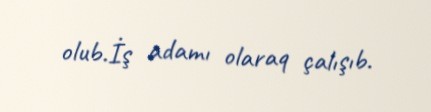
olub.İş adamı olaraq çalışıb.